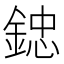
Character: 𨨩